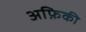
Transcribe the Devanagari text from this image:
अफ़िकी